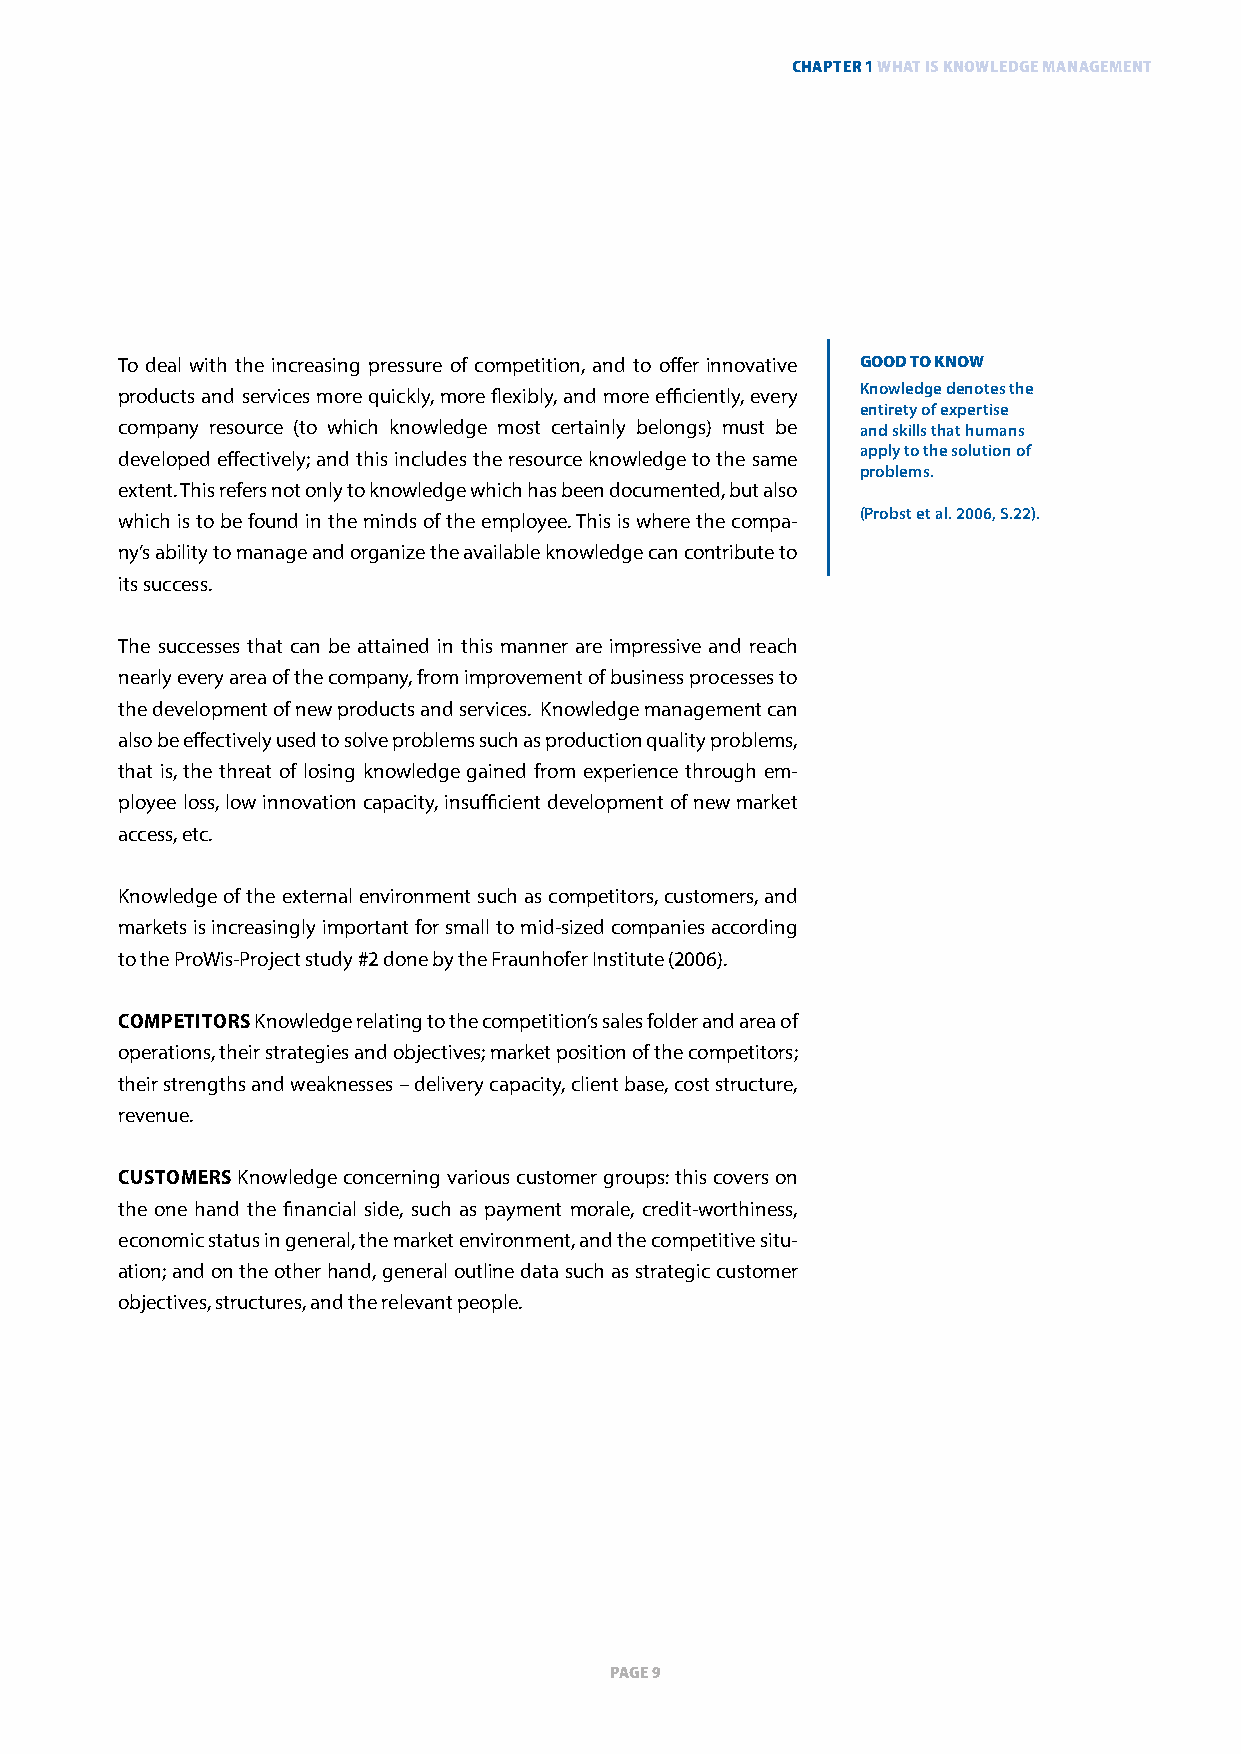
ChapTer 1 whaT is knowledge managemenT
 To deal with the increasing pressure of competition, and to offer innovative GOOD TO KNOW
 products and services more quickly, more flexibly, and more efficiently, every Knowledge denotes the
 entirety of expertise
 company resource (to which knowledge most certainly belongs) must be and skills that humans
 developed effectively; and this includes the resource knowledge to the same apply to the solution of
 problems.
 extent. This refers not only to knowledge which has been documented, but also
 which is to be found in the minds of the employee. This is where the compa- (Probst et al. 2006, S.22).
 ny’s ability to manage and organize the available knowledge can contribute to
 its success.
 The successes that can be attained in this manner are impressive and reach
 nearly every area of the company, from improvement of business processes to
 the development of new products and services. Knowledge management can
 also be effectively used to solve problems such as production quality problems,
 that is, the threat of losing knowledge gained from experience through em-
 ployee loss, low innovation capacity, insufficient development of new market
 access, etc.
 Knowledge of the external environment such as competitors, customers, and
 markets is increasingly important for small to mid-sized companies according
 to the ProWis-Project study #2 done by the Fraunhofer Institute (2006).
 comPetitors Knowledge relating to the competition’s sales folder and area of
 operations, their strategies and objectives; market position of the competitors;
 their strengths and weaknesses – delivery capacity, client base, cost structure,
 revenue.
 customers Knowledge concerning various customer groups: this covers on
 the one hand the financial side, such as payment morale, credit-worthiness,
 economic status in general, the market environment, and the competitive situ-
 ation; and on the other hand, general outline data such as strategic customer
 objectives, structures, and the relevant people.
 page 9